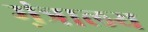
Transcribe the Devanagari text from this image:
म़ंत्रालय